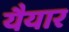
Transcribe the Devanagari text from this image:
यैयार